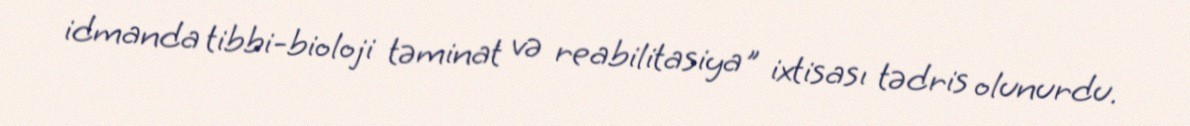
idmanda tibbi-bioloji təminat və reabilitasiya" ixtisası tədris olunurdu.